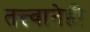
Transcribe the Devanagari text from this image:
तत्त्वानेही